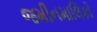
જમીનમાલિકો